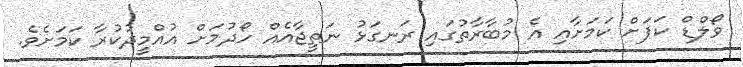
ވޯލްޑް ކަޕަށް ކަމަށާއި އެ މުބާރާތުގައި ރަނގަޅު ނަތީޖާއެއް ހޯދުމަށް އުއްމީދުކުރާ ކަމަށެވެ.